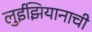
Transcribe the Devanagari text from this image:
लुईझियानाची